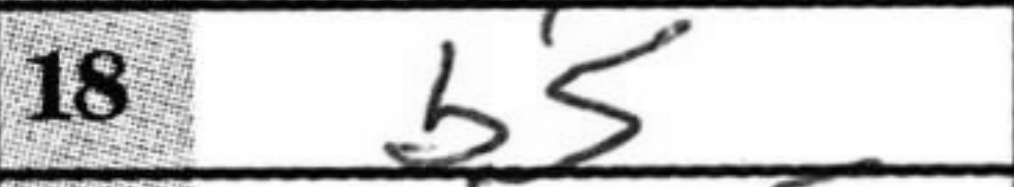
Transcription: b5